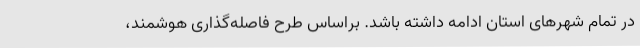
در تمام شهرهای استان ادامه داشته باشد. براساس طرح فاصله‌گذاری هوشمند،